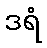
ဒရံ